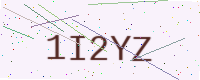
Text: 1I2YZ